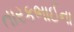
તારકભાઈના